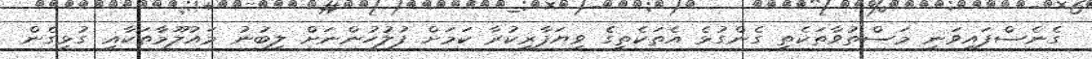
ގެނެސްފައިވަނީ މަސްތުވާތަކެތި ގެންގުޅެ އެތަކެތީގެ ވިޔަފާރިކުރާ ކަމަށް ފުލުހުންނަށް ލިބުނު މައުލޫމާތަކާއި ގުޅިގެން